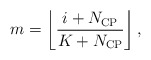
\begin{align*} m = \left\lfloor {\frac{{i + {N_{{\rm{CP}}}}}}{{K + {N_{{\rm{CP}}}}}}} \right\rfloor, \end{align*}